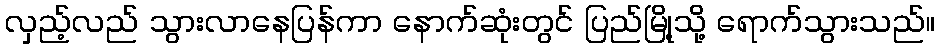
လှည့်လည် သွားလာနေပြန်ကာ နောက်ဆုံးတွင် ပြည်မြို့သို့ ရောက်သွားသည်။